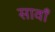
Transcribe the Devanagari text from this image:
सावाँ